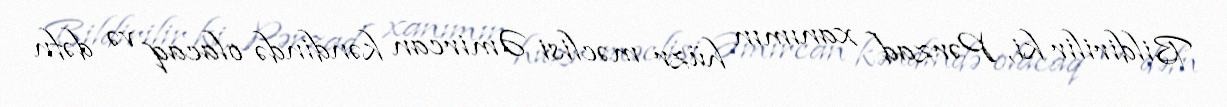
Bildirilir ki, Pərzad xanımın hüzr məclisi Əmircan kəndində olacaq və dəfn